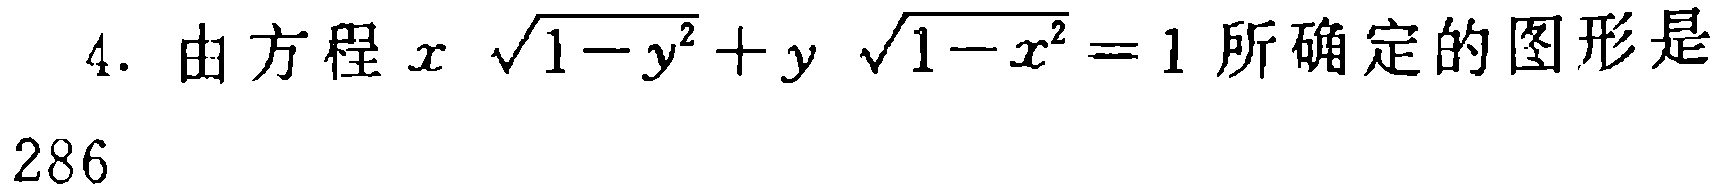
4. 由方程\(x\sqrt{1 - y^{2}}+y\sqrt{1 - x^{2}} = 1\)所确定的图形是

286